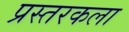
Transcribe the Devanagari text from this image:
प्रस्तरकला